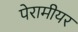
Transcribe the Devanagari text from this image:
पेरामीयर